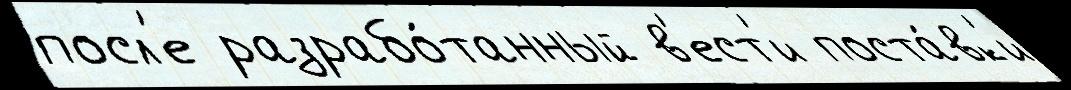
посл'е разрабо́танный в'ест'и поста́вк'и